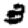
Digit: 3